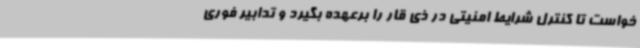
خواست تا کنترل شرایط امنیتی در ذی قار را برعهده بگیرد و تدابیر فوری